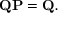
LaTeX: \mathbf { Q P } = \mathbf { Q } .